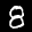
Label: 8